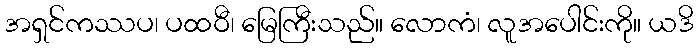
အရှင်ကဿပ၊ ပထဝီ၊ မြေကြီးသည်။ လောကံ၊ လူအပေါင်းကို။ ယဒိ